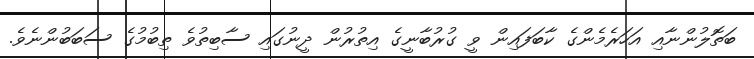
ބަތޮލުންނާއި އަހަރެމެންގެ ކާބަފައިން ވީ ގުރުބާނީގެ އިތުރުން ދީނުގައި ސާބިތުވެ ތިބުމުގެ ސަބަބުންނެވެ.